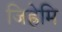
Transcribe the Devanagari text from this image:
जिह्रेमि